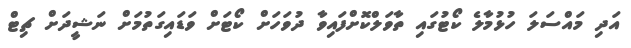
އަދި މައްސަލަ ހުޅުމާލެ ކޯޓުގައި ތާވަލްކޮށްފައިވާ ދުވަހަށް ކޯޓަށް ވަޑައިގަތުމަށް ނަޝީދަށް ޗިޓް